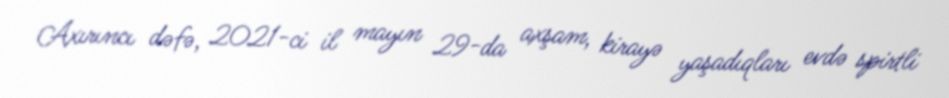
Axırıncı dəfə, 2021-ci il mayın 29-da axşam, kirayə yaşadıqları evdə spirtli